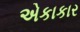
એકાકાર